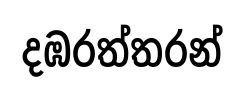
දඹරත්තරන්